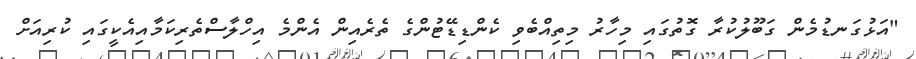
"އަޅުގަނޑުމެން ގަބޫލުކުރާ ގޮތުގައި މިހާރު މިތިއްބެވި ކެންޑިޑޭޓުންގެ ތެރެއިން އެންމެ އިހްލާސްތެރިކަމާއިއެކީގައި ކުރިއަށް